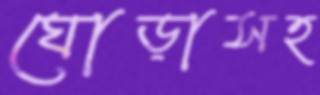
ঘোড়াসহ